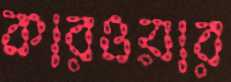
কারওয়ার